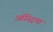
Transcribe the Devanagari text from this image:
ऑस्‍ट्रिया